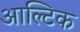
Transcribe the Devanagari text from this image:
आल्टिक